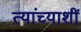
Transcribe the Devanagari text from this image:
त्यांच्याशीं